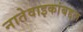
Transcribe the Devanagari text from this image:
नातेवाइकांबद्दल